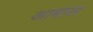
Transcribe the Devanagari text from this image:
आबाल